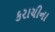
કરાચીના